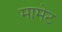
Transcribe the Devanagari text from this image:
मामेट